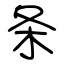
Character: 条